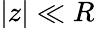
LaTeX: |z|\ll R